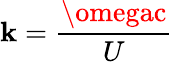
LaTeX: \mathbf{k}=\frac{{\omegac}}{{U}}